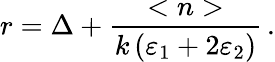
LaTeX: r=\Delta+\frac{<n>}{k\, (\varepsilon_{1}+2\varepsilon_{2})}\, .